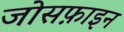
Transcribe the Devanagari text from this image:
जोसफ़ाइन